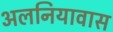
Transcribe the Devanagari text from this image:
अलनियावास